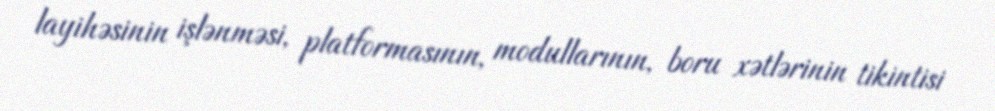
layihəsinin işlənməsi, platformasının, modullarının, boru xətlərinin tikintisi